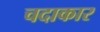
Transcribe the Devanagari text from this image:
चदाकार